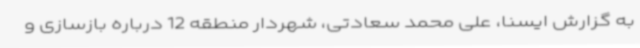
به گزارش ایسنا، علی محمد سعادتی، شهردار منطقه 12 درباره بازسازی و